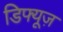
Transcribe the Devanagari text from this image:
डिफ्यूज़